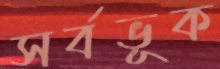
সর্বভূক